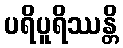
ပရိပူရိဿန္တိ